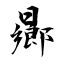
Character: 曏